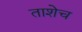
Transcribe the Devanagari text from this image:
ताशेच